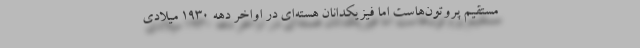
مستقیم پروتون‌هاست اما فیزیکدانان هسته‌ای در اواخر دهه ۱۹۳۰ میلادی